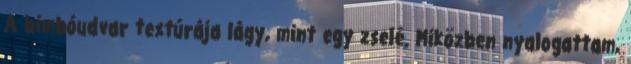
A bimbóudvar textúrája lágy, mint egy zselé. Miközben nyalogattam,